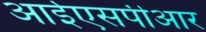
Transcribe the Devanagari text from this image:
आईएसपीआर